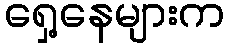
ရှေ့နေများက